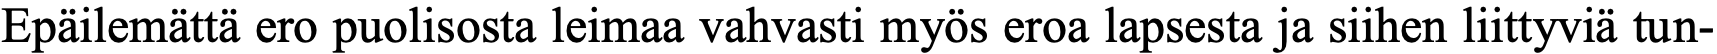
Epäilemättä ero puolisosta leimaa vahvasti myös eroa lapsesta ja siihen liittyviä tun-